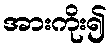
အားကိုး၍